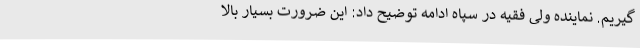
گیریم. نماینده ولی فقیه در سپاه ادامه توضیح داد: این ضرورت بسیار بالا